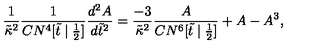
\frac { 1 } { \tilde { \kappa } ^ { 2 } } \frac { 1 } { C N ^ { 4 } [ \tilde { t } \mid \frac { 1 } { 2 } ] } \frac { d ^ { 2 } A } { d \tilde { t } ^ { 2 } } = \frac { - 3 } { \tilde { \kappa } ^ { 2 } } \frac { A } { C N ^ { 6 } [ \tilde { t } \mid \frac { 1 } { 2 } ] } + A - A ^ { 3 } ,